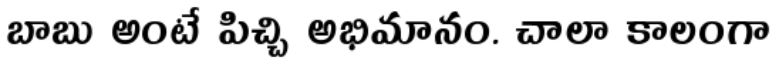
బాబు అంటే పిచ్చి అభిమానం. చాలా కాలంగా